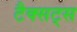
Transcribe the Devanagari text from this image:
टैक्सट्स